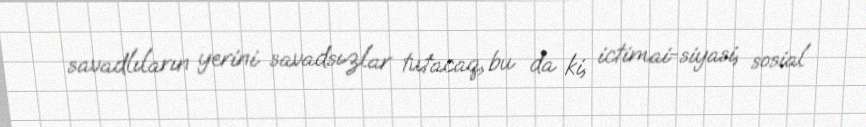
savadlıların yerini savadsızlar tutacaq, bu da ki, ictimai-siyasi, sosial